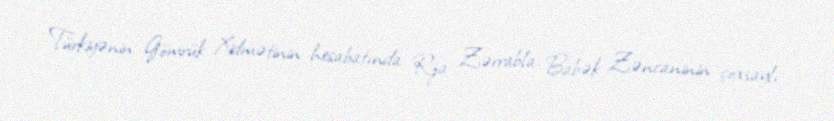
Türkiyənin Gömrük Xidmətinin hesabatında Rza Zərrabla Babək Zəncaninin çoxsaylı